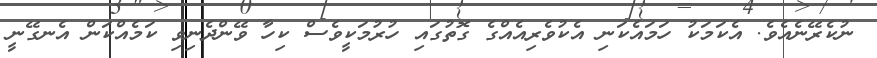
ނުކެރޭނެއެވެ. އެކަމަކު ހަމައެކަނި އެކުވެރިއެއްގެ ގޮތުގައި ހުރުމަކީވެސް ކިހާ ވޭންދެނިވި ކަމެއްކަން އެނގޭނީ